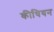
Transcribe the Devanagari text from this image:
कीथियन